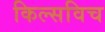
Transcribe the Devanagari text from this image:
किल्सविच